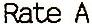
RATE A